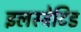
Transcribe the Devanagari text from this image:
इलस्ट्रेटिड